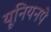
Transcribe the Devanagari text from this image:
यूनियनपे